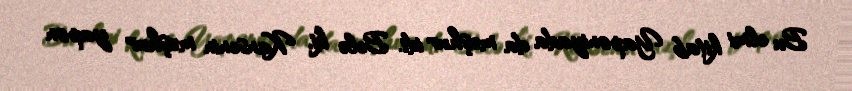
Bu elmi kitab Yaponiyada da məşhur idi. Belə ki, Kansenin məşhur yapon